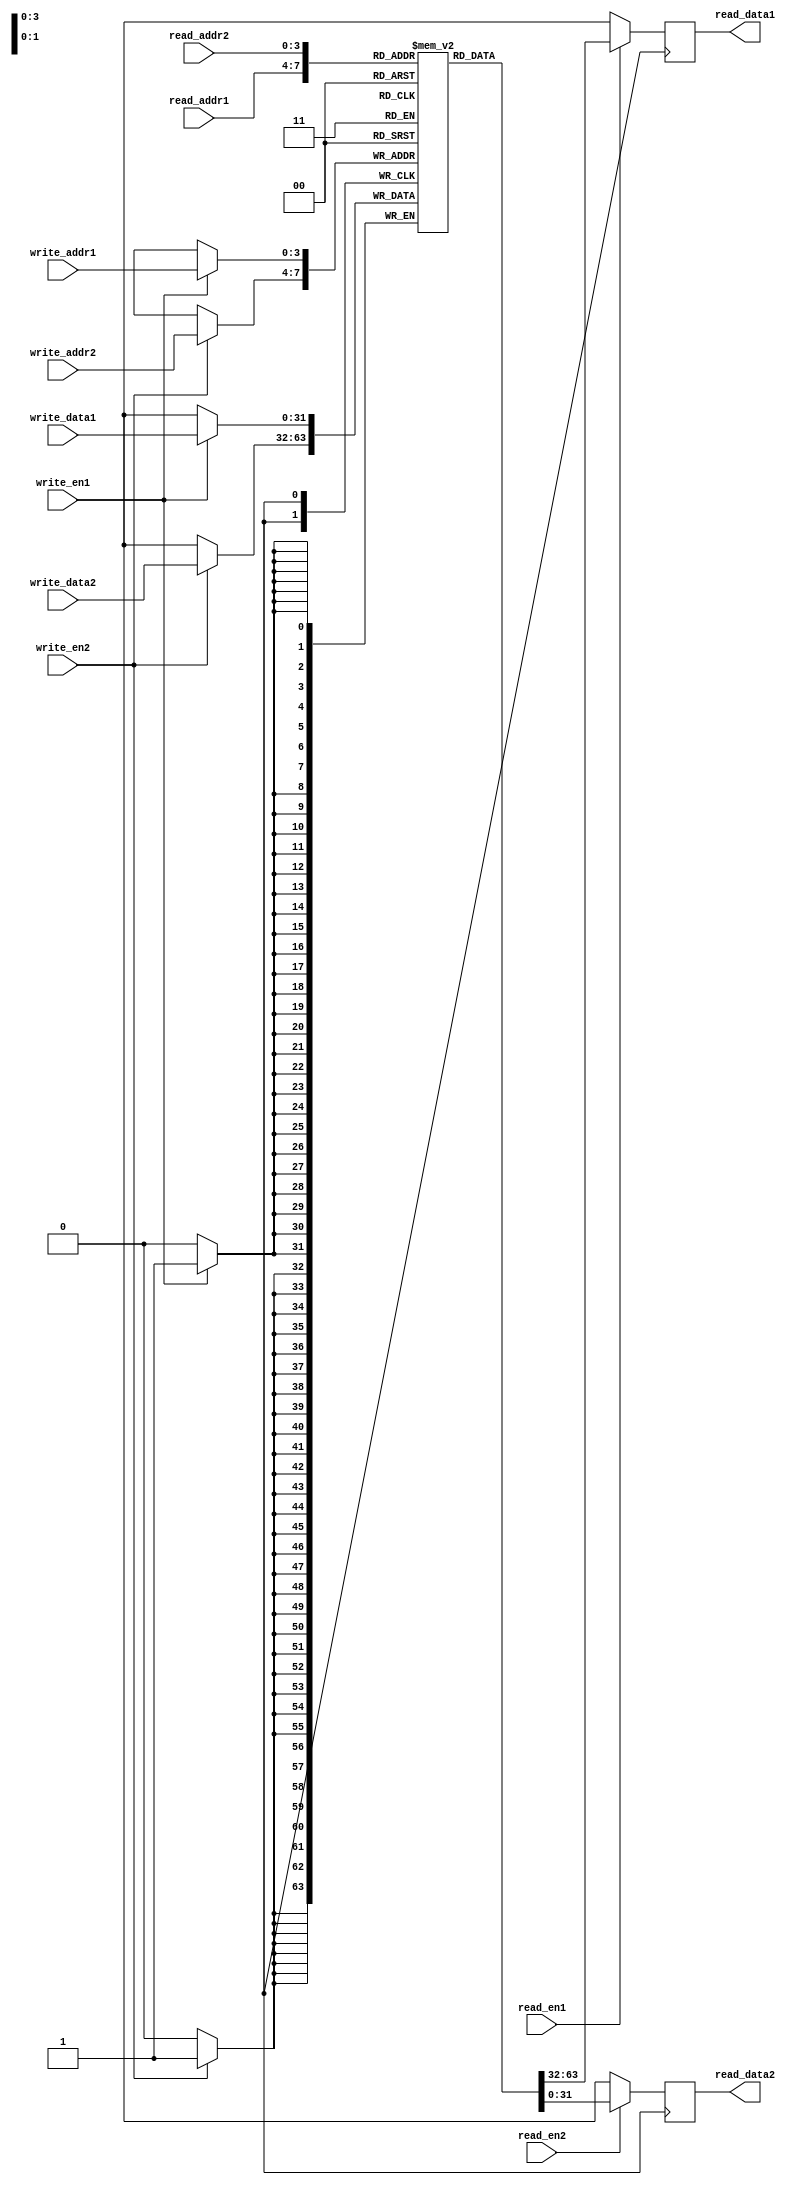
module register_file(
    input wire [3:0] read_addr1, write_addr1,
    input wire read_en1, write_en1,
    input wire [31:0] write_data1,
    output reg [31:0] read_data1,
    
    input wire [3:0] read_addr2, write_addr2,
    input wire read_en2, write_en2,
    input wire [31:0] write_data2,
    output reg [31:0] read_data2
);

reg [31:0] mem [0:15]; // Memory block implementation for register file

always @ (posedge clk) begin
    if(write_en1)
        mem[write_addr1] <= write_data1;
    
    if(write_en2)
        mem[write_addr2] <= write_data2;
    
    read_data1 <= (read_en1) ? mem[read_addr1] : 32'hxxxx_xxxx; // Default value for read_data1
    read_data2 <= (read_en2) ? mem[read_addr2] : 32'hxxxx_xxxx; // Default value for read_data2
end

endmodule